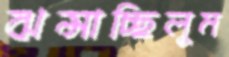
ঝল্‌সাচ্ছিলুম